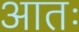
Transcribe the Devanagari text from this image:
आतः